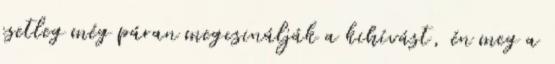
esetleg még páran megcsinálják a kihívást, én meg a